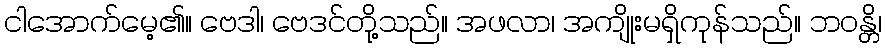
ငါအောက်မေ့၏။ ဗေဒါ၊ ဗေဒင်တို့သည်။ အဖလာ၊ အကျိုးမရှိကုန်သည်။ ဘဝန္တိ၊